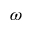
\omega